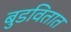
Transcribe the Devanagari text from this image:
बुडवितात